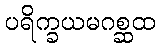
ပရိက္ခယမဂစ္ဆထ